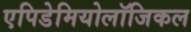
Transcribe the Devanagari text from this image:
एपिडेमियोलॉजिकल